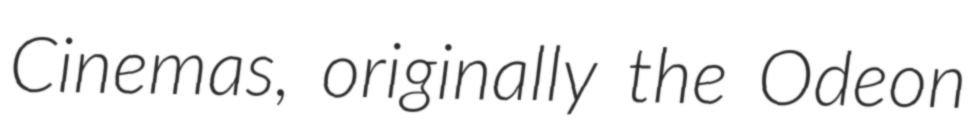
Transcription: Cinemas, originally the Odeon